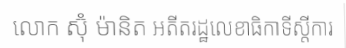
លោក ស៊ុំ ម៉ានិត អតីតរដ្ឋលេខាធិកាទីស្តីការ